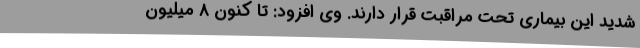
شدید این بیماری تحت مراقبت قرار دارند. وی افزود: تا کنون 8 میلیون